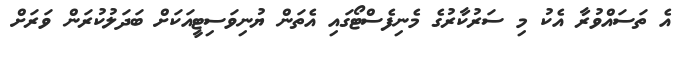
އެ ތަސައްވުރާ އެކު މި ސަރުކާރުގެ މެނިފެސްޓޯގައި އެތަން ޔުނިވަސިޓީއަކަށް ބަދަލުކުރަން ވަރަށް